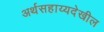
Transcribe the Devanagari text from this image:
अर्थसहाय्यदेखील